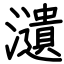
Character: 瀢